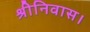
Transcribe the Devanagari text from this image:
श्रीनिवास।